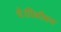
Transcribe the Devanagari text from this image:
थे।विभीषण